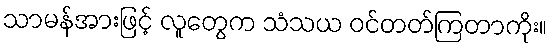
သာမန်အားဖြင့် လူတွေက သံသယ ဝင်တတ်ကြတာကိုး။